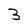
Character: 3